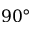
9 0 °